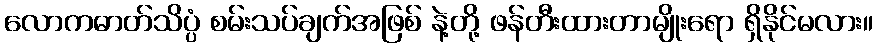
လောကဓာတ်သိပ္ပံ စမ်းသပ်ချက်အဖြစ် နဲ့တို့ ဖန်တီးထားတာမျိုးရော ရှိနိုင်မလား။